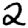
Digit: 2